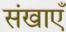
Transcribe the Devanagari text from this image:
संखाएँ